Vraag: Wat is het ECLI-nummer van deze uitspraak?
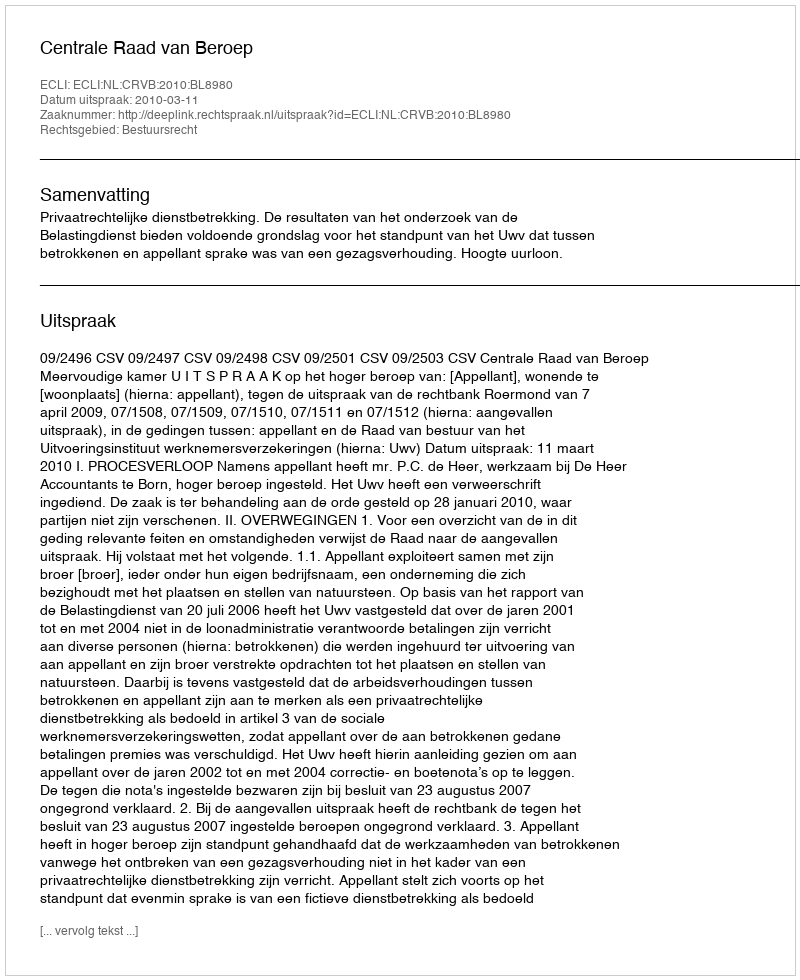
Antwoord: ECLI:NL:CRVB:2010:BL8980